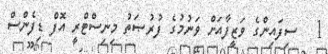
1   ސިފައިންގެ ވަޒީފާއަށް ވަނުމުގެ ފުރުޞަތު މިނިސްޓްރީ އޮފް ޑިފެންސް